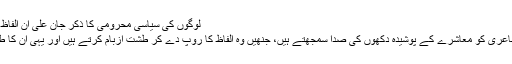
لوگوں کی سیاسی محرومی کا ذکر جان علی ان الفاظ میں کرتے ہیں:
جان علی اپنی شاعری کو معاشرے کے پوشیدہ دکھوں کی صدا سمجھتے ہیں، جنھیں وہ الفاظ کا روپ دے کر طشت ازبام کرتے ہیں اور یہی ان کا طرہ¿ امتیاز ہے۔